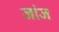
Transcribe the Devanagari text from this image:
जांज